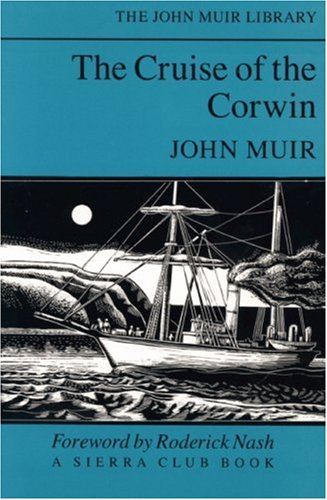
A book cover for The Cruise of the Corwin (The John Muir Library); John Muir; Travel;